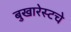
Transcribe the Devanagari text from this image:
बुखारेस्टचे